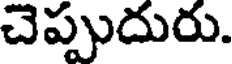
చెప్పుదురు.